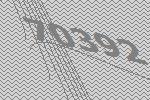
70392